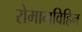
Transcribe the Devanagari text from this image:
रोमाभविहिन